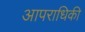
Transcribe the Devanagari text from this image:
आपराधिकी